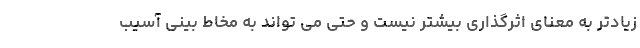
زیادتر به معنای اثرگذاری بیشتر نیست و حتی می تواند به مخاط بینی آسیب